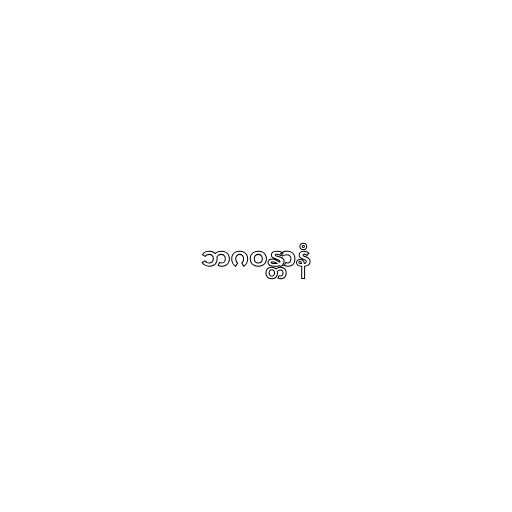
ဘဂဝန္တာနံ